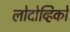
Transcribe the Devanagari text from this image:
लोदोव्हिको